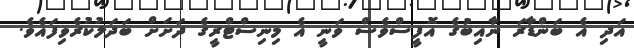
އަދި އެ ބަންޑާރަ ނާއިބުގެ އޮފީސްވެސް ވަނީ އެ މިނިސްޓްރީގެ ދަށަށް ބަދަލުކުރެވިފައެވެ.